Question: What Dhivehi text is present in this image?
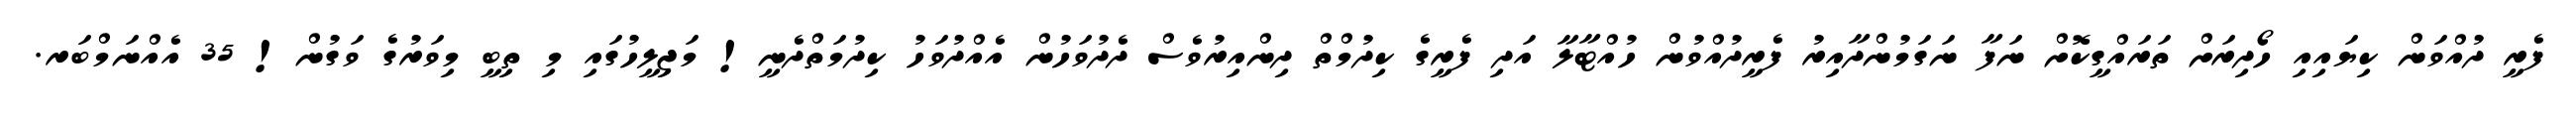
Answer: ފެރީ ދުއްވަން ކިޔައިއި ހޯދިރަށް ތަރައްގީކޮށް ނަފާ ނަގަމުންދާއިރު ފެރީދުއްވުން ހުއްޓާލާ އަދި ފެރީގެ ކިދުމްތް ދިންއިރުވެސް ދެދުވަހުން އެއްދުވަހު ކިދުމަތްދެނީ! މަޖިލީހުގައި މި ތިބީ މިވަރުގެ ވަގުން! 35 އެއްނަމްބަރ.